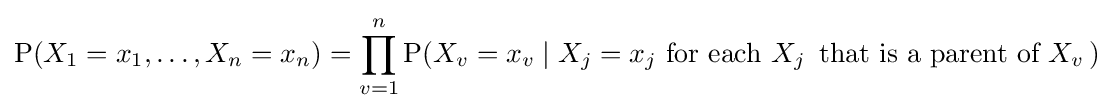
\operatorname {P} (X_{1}=x_{1},\ldots ,X_{n}=x_{n})=\prod _{v=1}^{n}\operatorname {P} (X_{v}=x_{v}\mid X_{j}=x_{j}{\text{ for each }}X_{j}\,{\text{ that is a parent of }}X_{v}\,)